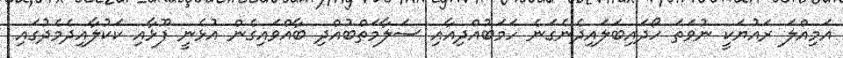
އަމިއްލަ ރައުޔަކީ ނުވަތަ ހޯދައިބަލައިދެނެގަނެ ހަމަބުއްދިއާއި ސަލާމަތްބުއްދި ބާއްވައިގެން އުޅެނީ ފޫޅާއި ކަކުލާއިދެމެދުގައި